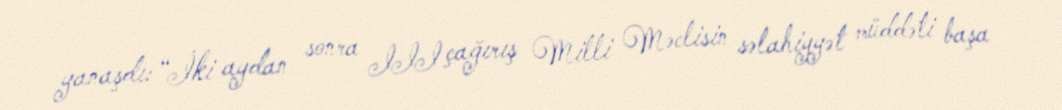
yanaşdı: “İki aydan sonra III çağırış Milli Məclisin səlahiyyət müddəti başa